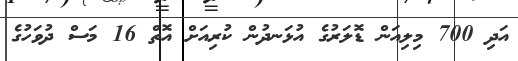
އަދި 700 މިލިއަން ޑޮލަރުގެ އުޅަނދުން ކުރިއަށް އޮތް 16 މަސް ދުވަހުގެ